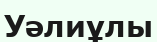
Уәлиұлы